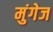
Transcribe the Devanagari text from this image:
मुंगेज